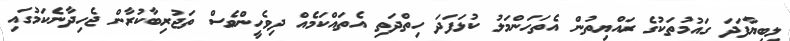
ލީބިޔާފަދަ ގައުމުތަކުގެ ރައްޔިތުން އެތަހަންމަލު ކުޅަފަދަ ހިތްދަތި އެތައްކަމެއް ދިވެހީންވެސް ތަޖުރިބާކުރާން ޖެހިދާނެކަމުގައި